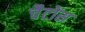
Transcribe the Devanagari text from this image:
चैटोंस